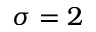
\sigma = 2